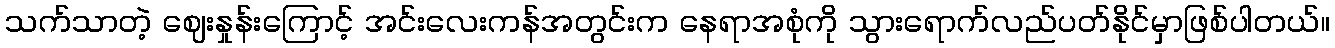
သက်သာတဲ့ ဈေးနှုန်းကြောင့် အင်းလေးကန်အတွင်းက နေရာအစုံကို သွားရောက်လည်ပတ်နိုင်မှာဖြစ်ပါတယ်။